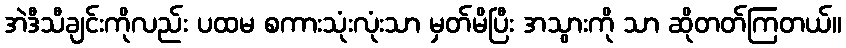
အဲဒီသီချင်းကိုလည်း ပထမ စကားသုံးလုံးသာ မှတ်မိပြီး အသွားကို သာ ဆိုတတ်ကြတယ်။